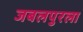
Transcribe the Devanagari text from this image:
जबलपुरला